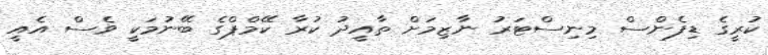
ކުރީގެ ޑިފެންސް މިނިސްޓަރު ނާޒިމަށް ތާއީދު ކުރާ ކޭމްޕްގެ ބޭނުމަކީ ވެސް އެއީ